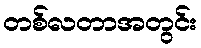
တစ်လတာအတွင်း